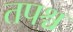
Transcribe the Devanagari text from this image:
तपश्च